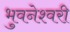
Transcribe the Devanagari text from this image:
भुवनेश्‍वरी